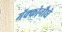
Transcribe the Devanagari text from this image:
मॅक्कोनौघे